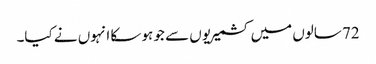
72 سالوں میں کشمیریوں سے جو ہو سکا انہوں نے کیا۔